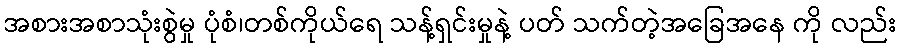
အစားအစာသုံးစွဲမှု ပုံစံ၊တစ်ကိုယ်ရေ သန့်ရှင်းမှုနဲ့ ပတ် သက်တဲ့အခြေအနေ ကို လည်း